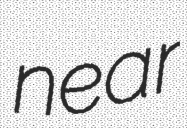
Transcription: near